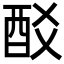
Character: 𨟿